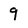
Character: 9